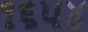
૧૬૫૪